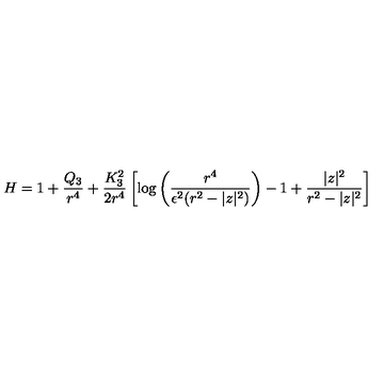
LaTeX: H = 1 + \frac { Q _ { 3 } } { r ^ { 4 } } + \frac { K _ { 3 } ^ { 2 } } { 2 r ^ { 4 } } \left[ \log \left( \frac { r ^ { 4 } } { \epsilon ^ { 2 } ( r ^ { 2 } - | z | ^ { 2 } ) } \right) - 1 + \frac { | z | ^ { 2 } } { r ^ { 2 } - | z | ^ { 2 } } \right]